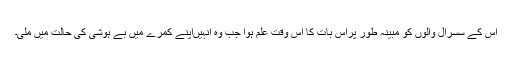
اس کے سسرال والوں کو مبینہ طور پراس بات کا اس وقت علم ہوا جب وہ انہیںاپنے کمرے میں بے ہوشی کی حالت میں ملی۔